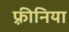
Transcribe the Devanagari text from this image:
फ़्रीनिया